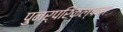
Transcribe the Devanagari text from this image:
पुनर्परिकल्पना